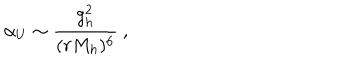
\alpha _ { U } \sim { \frac { g _ { h } ^ { 2 } } { ( r M _ { h } ) ^ { 6 } } } \ ,